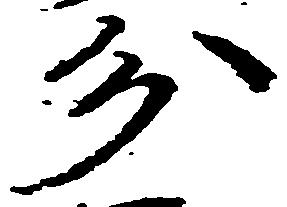
分